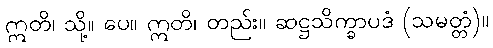
ဣတိ၊ သို့။ ပေ။ ဣတိ၊ တည်း။ ဆဋ္ဌသိက္ခာပဒံ (သမတ္တံ)။